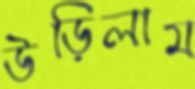
উড়িলাম